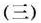
(三)